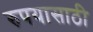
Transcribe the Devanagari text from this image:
रुपयासाठी